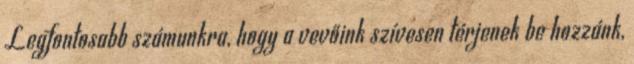
Legfontosabb számunkra, hogy a vevőink szívesen térjenek be hozzánk,